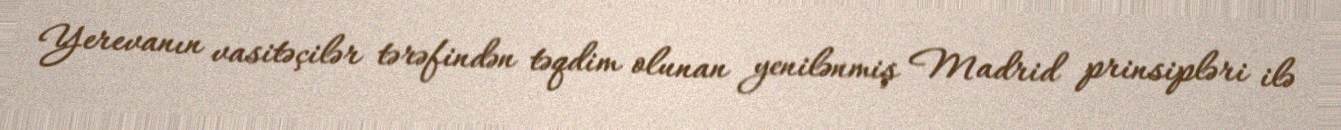
Yerevanın vasitəçilər tərəfindən təqdim olunan yenilənmiş Madrid prinsipləri ilə